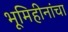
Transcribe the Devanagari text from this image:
भूमिहीनांचा